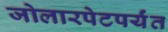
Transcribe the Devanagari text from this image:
जोलारपेटपर्यंत